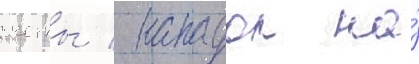
счеты / нападал на́